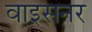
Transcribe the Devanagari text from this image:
वाइसनर